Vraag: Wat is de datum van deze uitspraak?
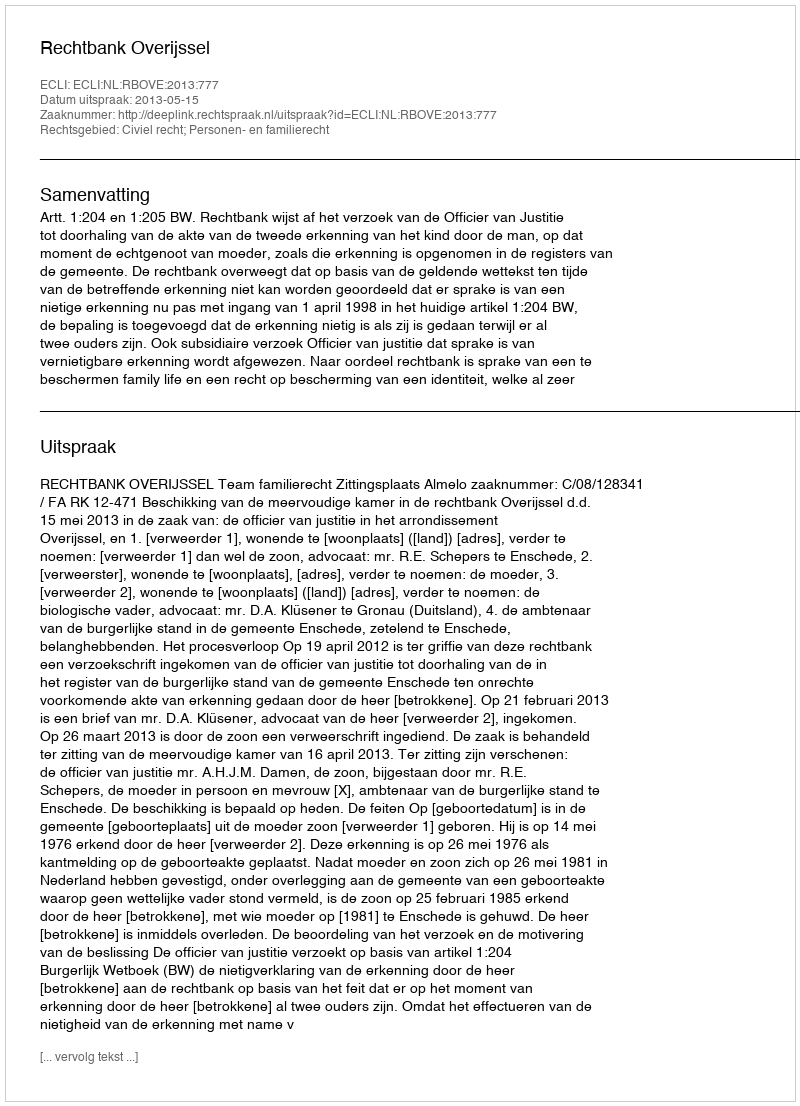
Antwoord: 2013-05-15